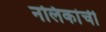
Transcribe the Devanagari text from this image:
नलिकांची